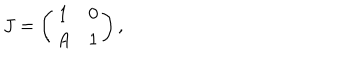
LaTeX: J = \left( \begin{array} { c c } { { 1 } } & { { 0 } } \\ { { A } } & { { 1 } } \\ \end{array} \right) ,